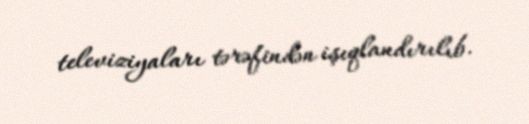
televiziyaları tərəfindən işıqlandırılıb.